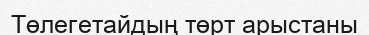
Төлегетайдың төрт арыстаны